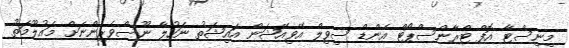
މިނިސްޓާ އޮފް ޓްރާންސްޕޯޓް އެންޑް ސިވިލް އޭވިއޭޝަން އައިޝަތު ނަހުލާ ނޫސްވެރިންނަށް މައުލޫމަތު